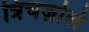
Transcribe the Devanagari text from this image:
त्रिचज़ोले